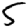
Digit: 5